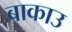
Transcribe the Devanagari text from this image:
बाकाउ